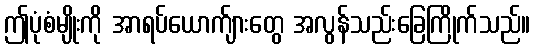
ဤပုံစံမျိုးကို အာရပ်ယောက်ျားတွေ အလွန်သည်းခြေကြိုက်သည်။